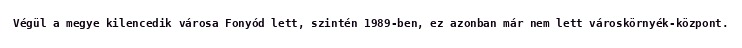
Végül a megye kilencedik városa Fonyód lett, szintén 1989-ben, ez azonban már nem lett városkörnyék-központ.